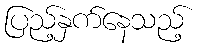
ပြည့်နှက်နေသည့်